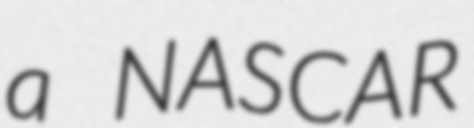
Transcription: a NASCAR